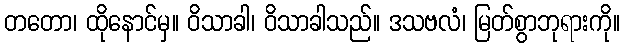
တတော၊ ထိုနောင်မှ။ ဝိသာခါ၊ ဝိသာခါသည်။ ဒသဗလံ၊ မြတ်စွာဘုရားကို။